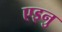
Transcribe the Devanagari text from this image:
एइनु